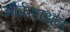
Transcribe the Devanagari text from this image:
और्प्रसाधन